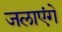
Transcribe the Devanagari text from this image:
जलाएंगे